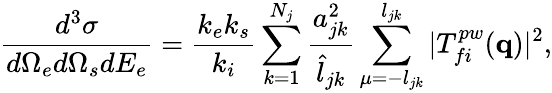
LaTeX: \frac{d^{3}\sigma}{d\Omega_{e}d\Omega_{s}dE_{e}}=\frac{k_{e}k_{s}}{k_{i}}\sum_{k=1}^{N_{j}}\frac{a_{jk}^{2}}{\hat{l}_{jk}}\sum_{\mu=-l_{jk}}^{l_{jk}}|T_{fi}^{pw}(\mathbf{q})|^{2},